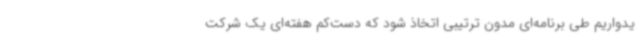
یدواریم طی برنامه‌ای مدون ترتیبی اتخاذ شود که دست‌کم هفته‌ای یک شرکت